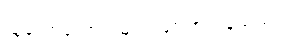
သူတော်ကောင်းများ ဖြစ်ကြကုန်သည်။